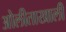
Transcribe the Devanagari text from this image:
ओेलीताखाली